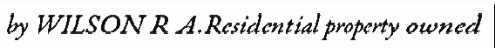
by WILSON R A.Residential property owned